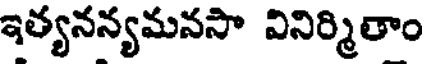
ఇత్యనన్యమనసా వినిర్మితాం